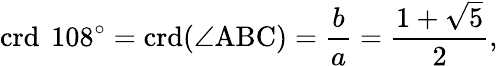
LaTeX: \operatorname{crd}\ 108^{\circ}=\operatorname{crd}(\angle\mathrm{ABC})={\frac{b}{a}}={\frac{1+{\sqrt{5}}}{2}},